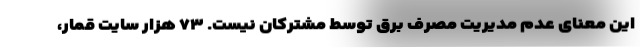
این معنای عدم مدیریت مصرف برق توسط مشترکان نیست. ۷۳ هزار سایت قمار،